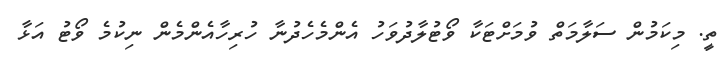
ތީ. މިކަމުން ސަލާމަތް ވުމަށްޓަކާ ވޯޓުލާދުވަހު އެންމެހެދުނާ ހުރިހާއެންމެން ނިކުމެ ވޯޓު އަޅާ